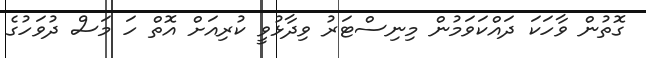
ގޮތުން ވާހަކަ ދައްކަވަމުން މިނިސްޓަރު ވިދާޅުވީ ކުރިއަށް އޮތް ހަ މަސް ދުވަހުގެ